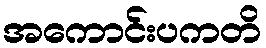
အကောင်းပကတိ